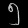
Digit: ၅